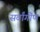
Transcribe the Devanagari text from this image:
सर्वांगींण